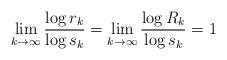
LaTeX: \begin{align*} \lim_{k\to\infty}\frac{\log r_k }{\log s_k} = \lim_{k\to\infty}\frac{\log R_k }{\log s_k} = 1\end{align*}